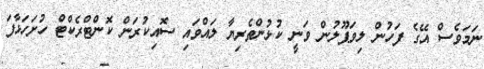
ނަމަވެސް އޭގެ ފަހުން ލިވަޕޫލުން ވަނީ ކުޅުންތެރިޔާ ލައްވައި ސޮއިކުރަން ކޮންޓްރެކްޓް ހުށަހަޅާފަ